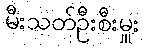
မီးသတ်ဦးစီးမှူး